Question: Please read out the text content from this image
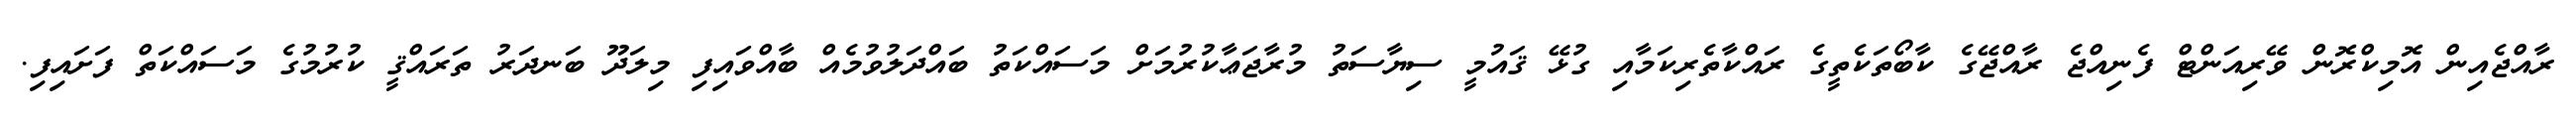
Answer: ރާއްޖެއިން އޮމިކްރޮން ވޭރިއަންޓް ފެނިއްޖެ ރާއްޖޭގެ ކާބޯތަކެތީގެ ރައްކާތެރިކަމާއި ގުޅޭ ޤައުމީ ސިޔާސަތު މުރާޖަޢާކުރުމަށް މަސައްކަތު ބައްދަލުވުމެއް ބާއްވައިފި މިލަދޫ ބަނދަރު ތަރައްޤީ ކުރުމުގެ މަސައްކަތް ފަށައިފި.